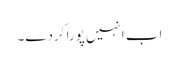
اب انہیں پورا کردے۔